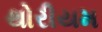
થોરીયમ